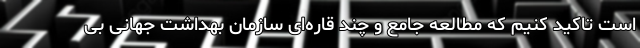
است تاکید کنیم که مطالعه جامع و چند قاره‌ای سازمان بهداشت جهانی بی